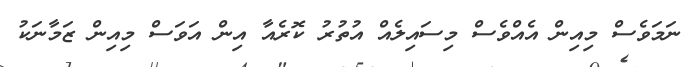
ނަމަވެސް މިއިން އެއްވެސް މިސައިލެއް އުތުރު ކޮރެއާ އިން އަވަސް މިއިން ޒަމާނަކު